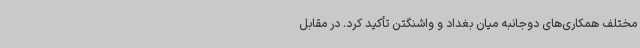
مختلف همکاری‌های دوجانبه میان بغداد و واشنگتن تأکید کرد. در مقابل